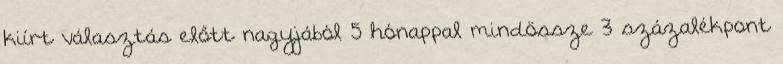
kiírt választás előtt nagyjából 5 hónappal mindössze 3 százalékpont